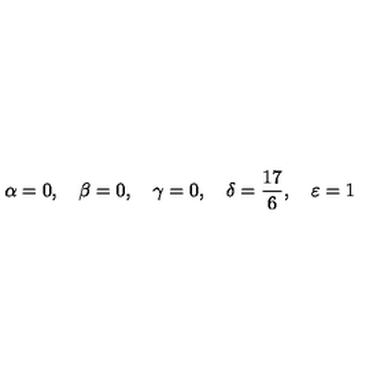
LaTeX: \alpha = 0 , \quad \beta = 0 , \quad \gamma = 0 , \quad \delta = \frac { 1 7 } { 6 } , \quad \varepsilon = 1